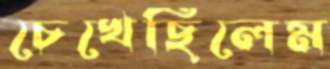
চেখেছিলেম